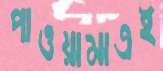
পাওয়ামাত্রই